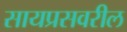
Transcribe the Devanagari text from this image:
सायप्रसवरील